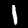
Label: 1